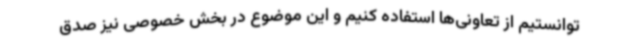
توانستیم از تعاونی‌ها استفاده کنیم و این موضوع در بخش خصوصی نیز صدق